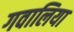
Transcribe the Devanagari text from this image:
गवालिया